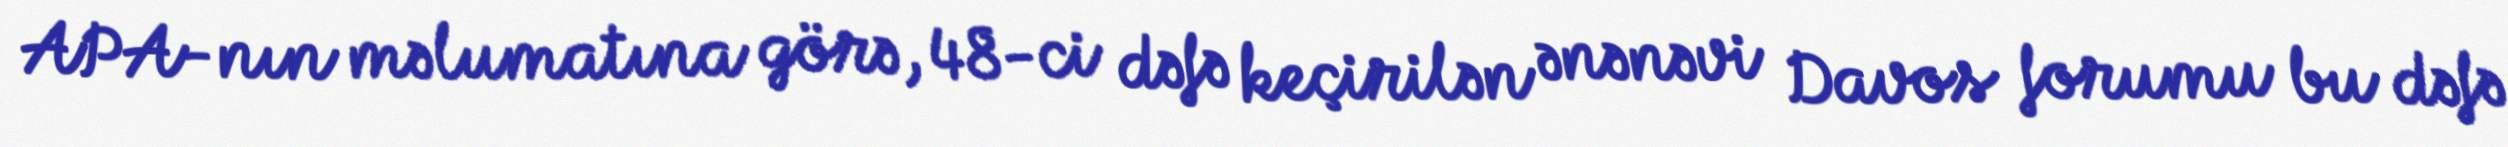
APA-nın məlumatına görə, 48-ci dəfə keçirilən ənənəvi Davos forumu bu dəfə